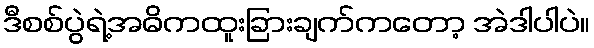
ဒီစစ်ပွဲရဲ့အဓိကထူးခြားချက်ကတော့ အဲဒါပါပဲ။